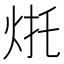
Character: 𰞌